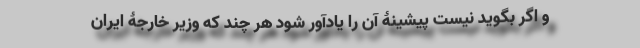
و اگر بگوید نیست پیشینۀ آن را یادآور شود هر چند که وزیر خارجۀ ایران